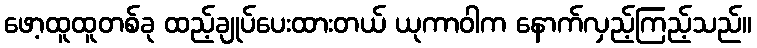
ဖော့ထူထူတစ်ခု ထည့်ချုပ်ပေးထားတယ် ယုကာဝါက နောက်လှည့်ကြည့်သည်။